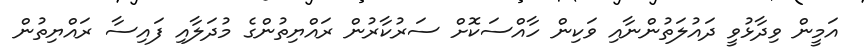
އަމީން ވިދާޅުވީ ދައުލަތުންނާއި ވަކިން ހާއްސަކޮށް ސަރުކާރުން ރައްޔިތުންގެ މުދަލާއި ފައިސާ ރައްޔިތުން